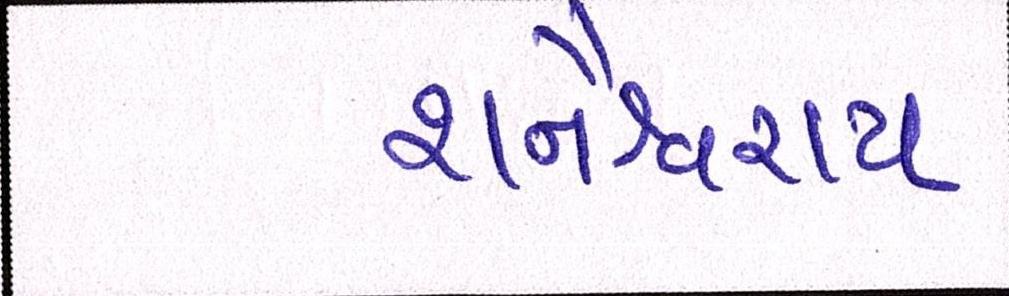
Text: શનૈશ્ચરાય